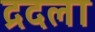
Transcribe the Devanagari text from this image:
द्रदला